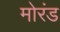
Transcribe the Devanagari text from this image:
मोरंड